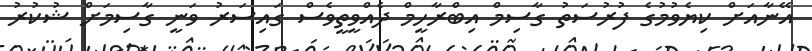
އޭނާއަށް ކިޔެވުމުގެ ފުރުސަތު ގާސިމް އިބްރާހީމް ދެއްވީތީވެސް ގައިސަރު ވަނީ ގާސިމަށް ޝުކުރު